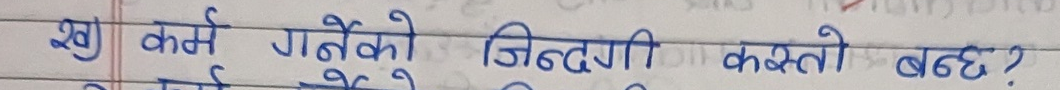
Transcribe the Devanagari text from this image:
ख) कर्म गर्नेको जिन्दगी कस्तो बन्छ?